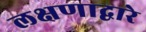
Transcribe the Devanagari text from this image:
लक्षणाद्वारे